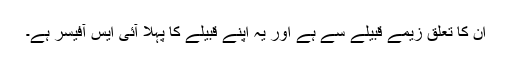
ان کا تعلق زیمے قبیلے سے ہے اور یہ اپنے قبیلے کا پہلا آئی ایس آفیسر ہے۔